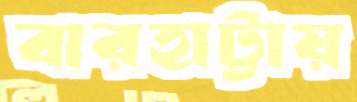
বারহাট্টায়